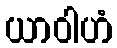
ယာဝါဟံ